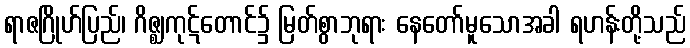
ရာဇဂြိုဟ်ပြည်၊ ဂိဇ္ဈကုဋ်တောင်၌ မြတ်စွာဘုရား နေတော်မူသောအခါ ရဟန်းတို့သည်